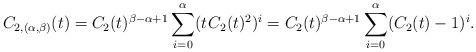
LaTeX: \begin{align*}C_{2,(\alpha,\beta)}(t) = C_2(t)^{\beta-\alpha+1} \sum_{i=0}^\alpha (t \kern+1pt C_2(t)^2)^i = C_2(t)^{\beta-\alpha+1} \sum_{i=0}^\alpha (C_2(t)-1)^i.\end{align*}